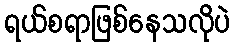
ရယ်စရာဖြစ်နေသလိုပဲ